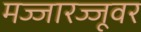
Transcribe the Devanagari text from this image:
मज्जारज्जूवर